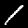
Digit: 1